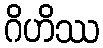
ဂိဟိဿ